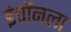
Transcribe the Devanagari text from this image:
इंचॉनला